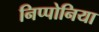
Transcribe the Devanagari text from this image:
निप्पोनिया